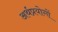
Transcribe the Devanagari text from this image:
अर्थप्रयोगों